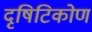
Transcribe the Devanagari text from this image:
दृषिटिकोण